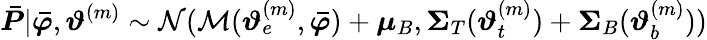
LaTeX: \boldsymbol{\bar{P}}|\boldsymbol{\bar{\varphi}},\boldsymbol{\vartheta}^{(m)}\sim\mathcal{N}(\mathcal{M}(\boldsymbol{\vartheta}_{e}^{(m)},\boldsymbol{\bar{\varphi}})+\boldsymbol\mu_{B},\boldsymbol\Sigma_{T}(\boldsymbol{\vartheta}_{t}^{(m)})+\boldsymbol\Sigma_{B}(\boldsymbol{\vartheta}_{b}^{(m)}))